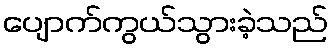
ပျောက်ကွယ်သွားခဲ့သည်